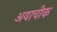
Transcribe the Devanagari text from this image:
अयाचीक